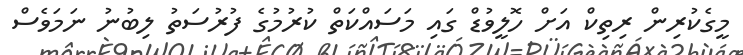
މީގެކުރިން ރިތިކް އަށް ހޮލީވުޑް ގައި މަސައްކަތް ކުރުމުގެ ފުރުސަތު ލިބުނު ނަމަވެސް